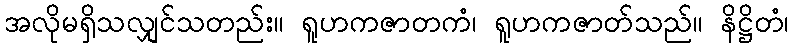
အလိုမရှိသလျှင်သတည်း။ ရူဟကဇာတကံ၊ ရူဟကဇာတ်သည်။ နိဋ္ဌိတံ၊